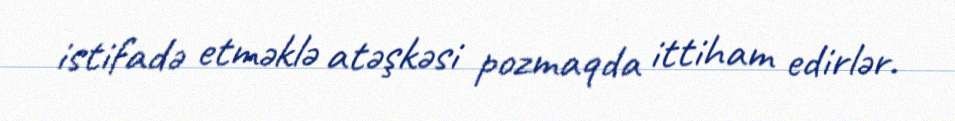
istifadə etməklə atəşkəsi pozmaqda ittiham edirlər.